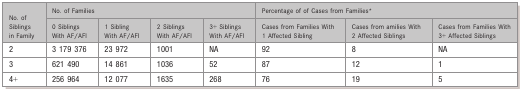
| <ROWSPAN=2> No. of Siblings in Family | <COLSPAN=4> No. of Families | <COLSPAN=3> Percentage of of Cases from Families* |
 | 0 Siblings With AF/AFl | 1 Sibling With AF/AFl | 2 Siblings With AF/AFl | 3+ Siblings With AF/AFl | Cases from Families With 1 Affected Sibling | Cases from amilies With 2 Affected Siblings | Cases from Families With 3+ Affected Siblings |
 | --- | --- | --- | --- | --- | --- | --- | --- |
 | 2 | 3 179 376 | 23 972 | 1001 | NA | 92 | 8 | NA |
 | 3 | 621 490 | 14 861 | 1036 | 52 | 87 | 12 | 1 |
 | 4+ | 256 964 | 12 077 | 1635 | 268 | 76 | 19 | 5 |